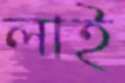
লাই